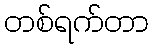
တစ်ရက်တာ